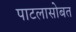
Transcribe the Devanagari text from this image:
पाटलासोबत